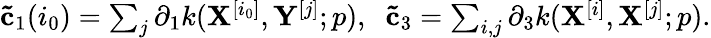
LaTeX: \begin{array}{r}{\mathbf{\tilde{c}}_{1}(i_{0})=\sum_{j}\partial_{1}k(\mathbf{X}^{[i_{0}]},\mathbf{Y}^{[j]};p),\; \; \mathbf{\tilde{c}}_{3}=\sum_{i,j}\partial_{3}k(\mathbf{X}^{[i]},\mathbf{X}^{[j]};p).}\end{array}